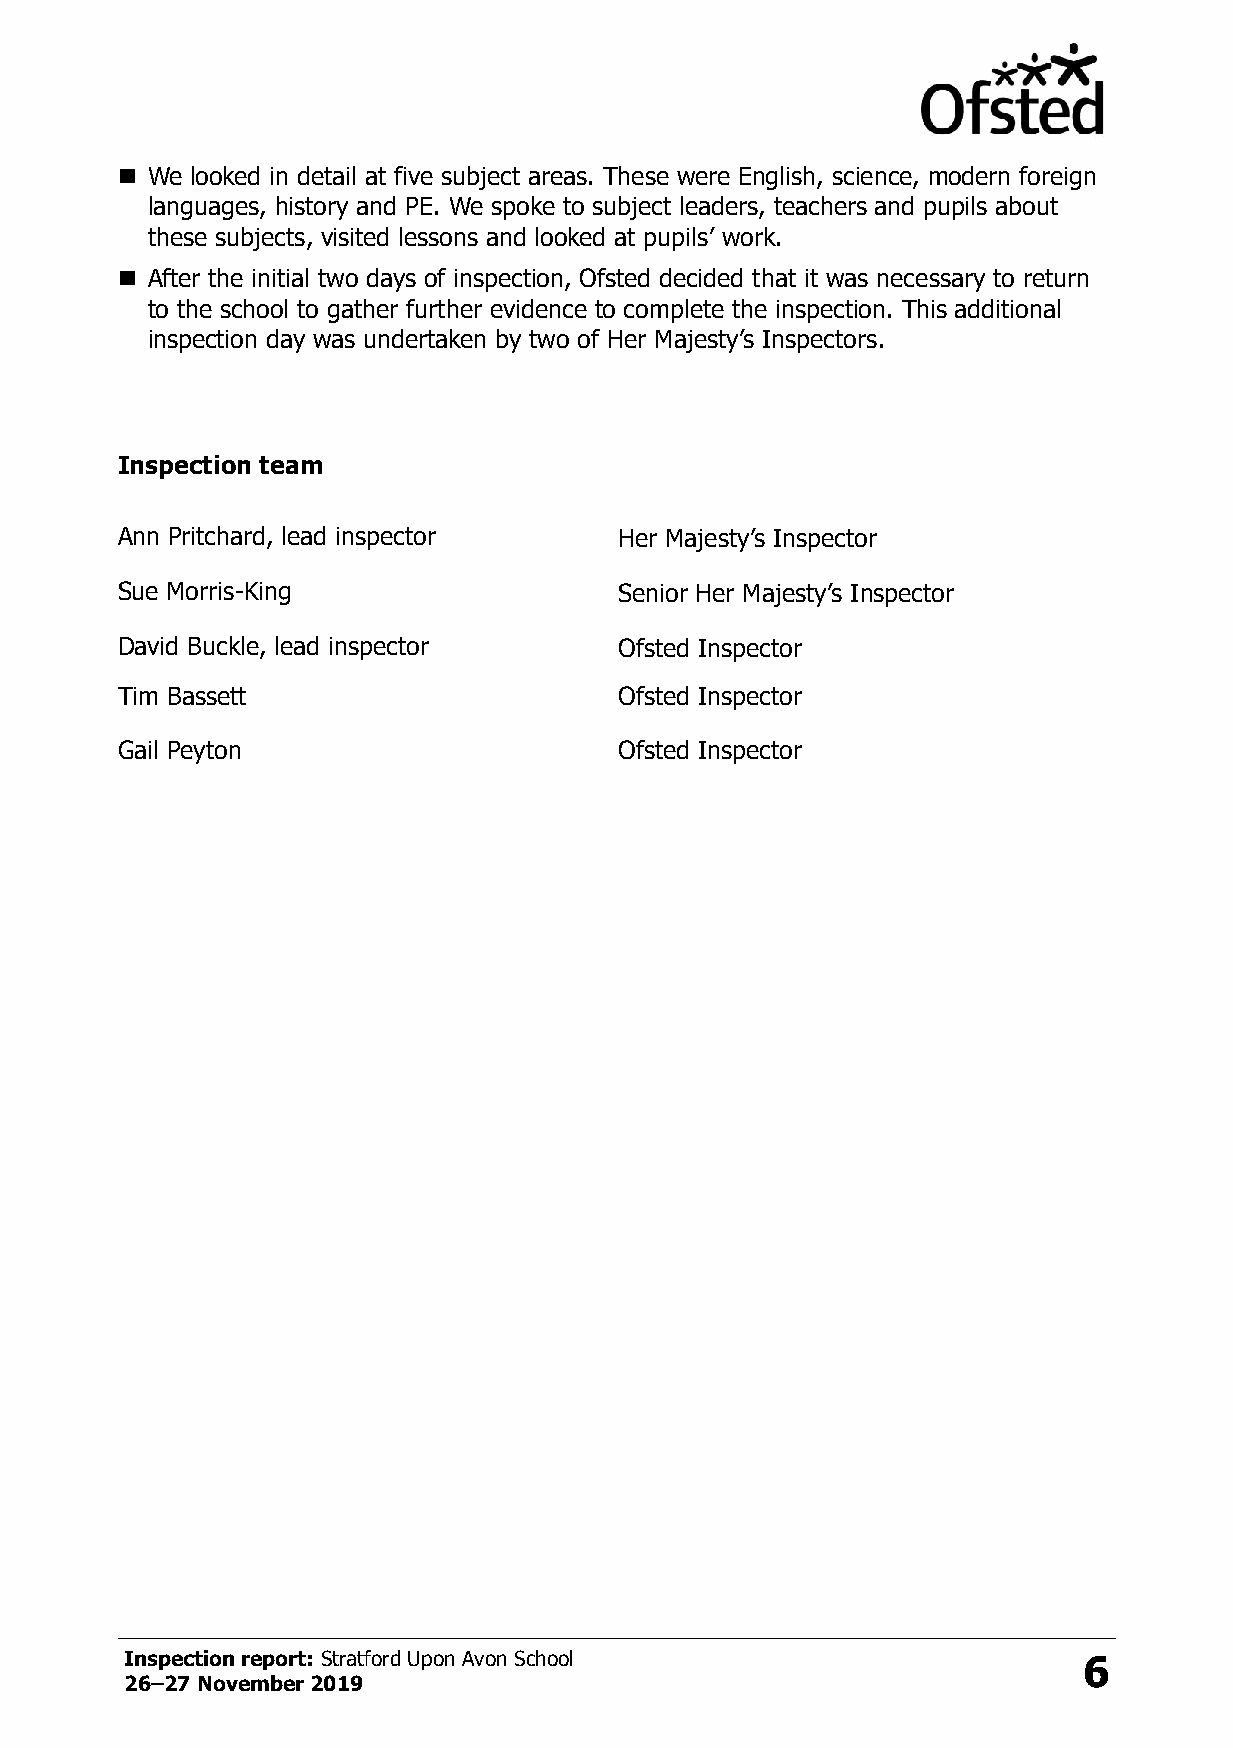
◼ We looked in detail at five subject areas. These were English, science, modern foreign
 languages, history and PE. We spoke to subject leaders, teachers and pupils about
 these subjects, visited lessons and looked at pupils’ work.
 ◼ After the initial two days of inspection, Ofsted decided that it was necessary to return
 to the school to gather further evidence to complete the inspection. This additional
 inspection day was undertaken by two of Her Majesty’s Inspectors.
 Inspection team
 Ann Pritchard, lead inspector    Her Majesty’s Inspector
 Sue Morris-King                  Senior Her Majesty’s Inspector
 David Buckle, lead inspector     Ofsted Inspector
 Tim Bassett                      Ofsted Inspector
 Gail Peyton                      Ofsted Inspector
 Inspection report: Stratford Upon Avon School                   6
 26–27 November 2019